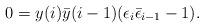
LaTeX: \begin{align*}0= y(i) \bar{y}(i-1)(\epsilon_i \bar{\epsilon}_{i-1} -1).\end{align*}